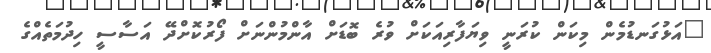
"އަޅުގަނޑުމެން މިކަން ކުރަނީ ވިޔަފާރިއަކަށް ވުރެ ބޮޑަށް އާންމުންނަށް ފޯރުކޮށްދޭ އަސާސީ ހިދުމަތެއްގެ